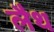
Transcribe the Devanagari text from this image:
लैथ